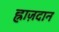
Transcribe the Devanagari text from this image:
ह्राज़दान